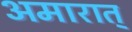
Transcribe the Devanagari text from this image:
अमारात्